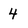
Character: 4